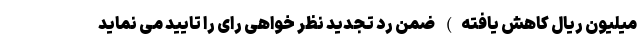
میلیون ریال کاهش یافته) ضمن رد تجدید نظر خواهی رای را تایید می نماید